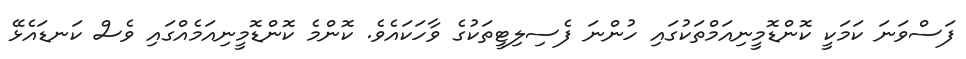
ފަސްވަނަ ކަމަކީ ކޮންޑޮމީނިއަމްތަކުގައި ހުންނަ ފެސިލިޓީތަކުގެ ވާހަކައެވެ. ކޮންމެ ކޮންޑޮމީނިއަމެއްގައި ވެސް ކަނޑައެޅޭ